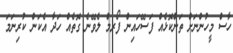
ހާސް މީހުންނަށް ތަންކޮޅެއް ފަސޭހައިން ފޯރމް ލެވޭނެ ގޮތެއް ހަދާ އެކަން ކުރިނަމަ